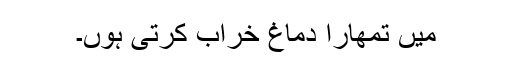
میں تمھارا دماغ خراب کرتی ہوں۔